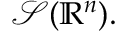
{ \mathcal { S } } ( \mathbb { R } ^ { n } ) .